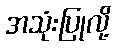
အသုံးပြုလို့